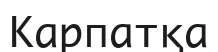
Карпатқа